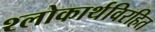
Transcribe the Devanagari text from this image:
श्लोकार्थविरहित